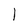
Character: 1